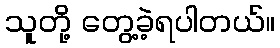
သူတို့ တွေ့ခဲ့ရပါတယ်။